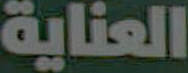
العناية